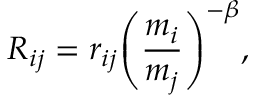
R _ { i j } = r _ { i j } { \left( \frac { m _ { i } } { m _ { j } } \right) } ^ { - \beta } ,